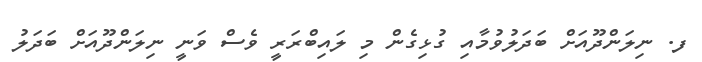
ފ. ނިލަންދޫއަށް ބަދަލުވުމާއި ގުޅިގެން މި ލައިބްރަރީ ވެސް ވަނީ ނިލަންދޫއަށް ބަދަލު